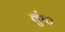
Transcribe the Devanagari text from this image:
कुं०